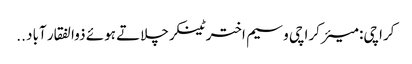
کراچی: میئر کراچی وسیم اختر ٹینکر چلاتے ہوئے ذوالفقار آباد ..